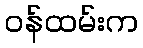
ဝန်ထမ်းက